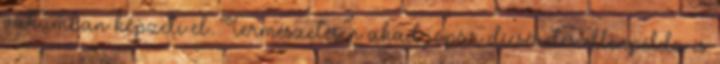
vákumban képzeli el. Természetesen akad jópár dícséretes ellenpélda is